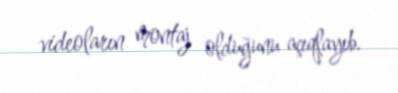
videoların montaj olduğunu açıqlayıb.